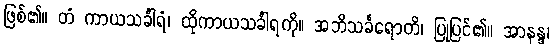
ဖြစ်၏။ တံ ကာယသင်္ခါရံ၊ ထိုကာယသင်္ခါရကို။ အဘိသင်္ခရောတိ၊ ပြုပြင်၏။ အာနန္ဒ၊